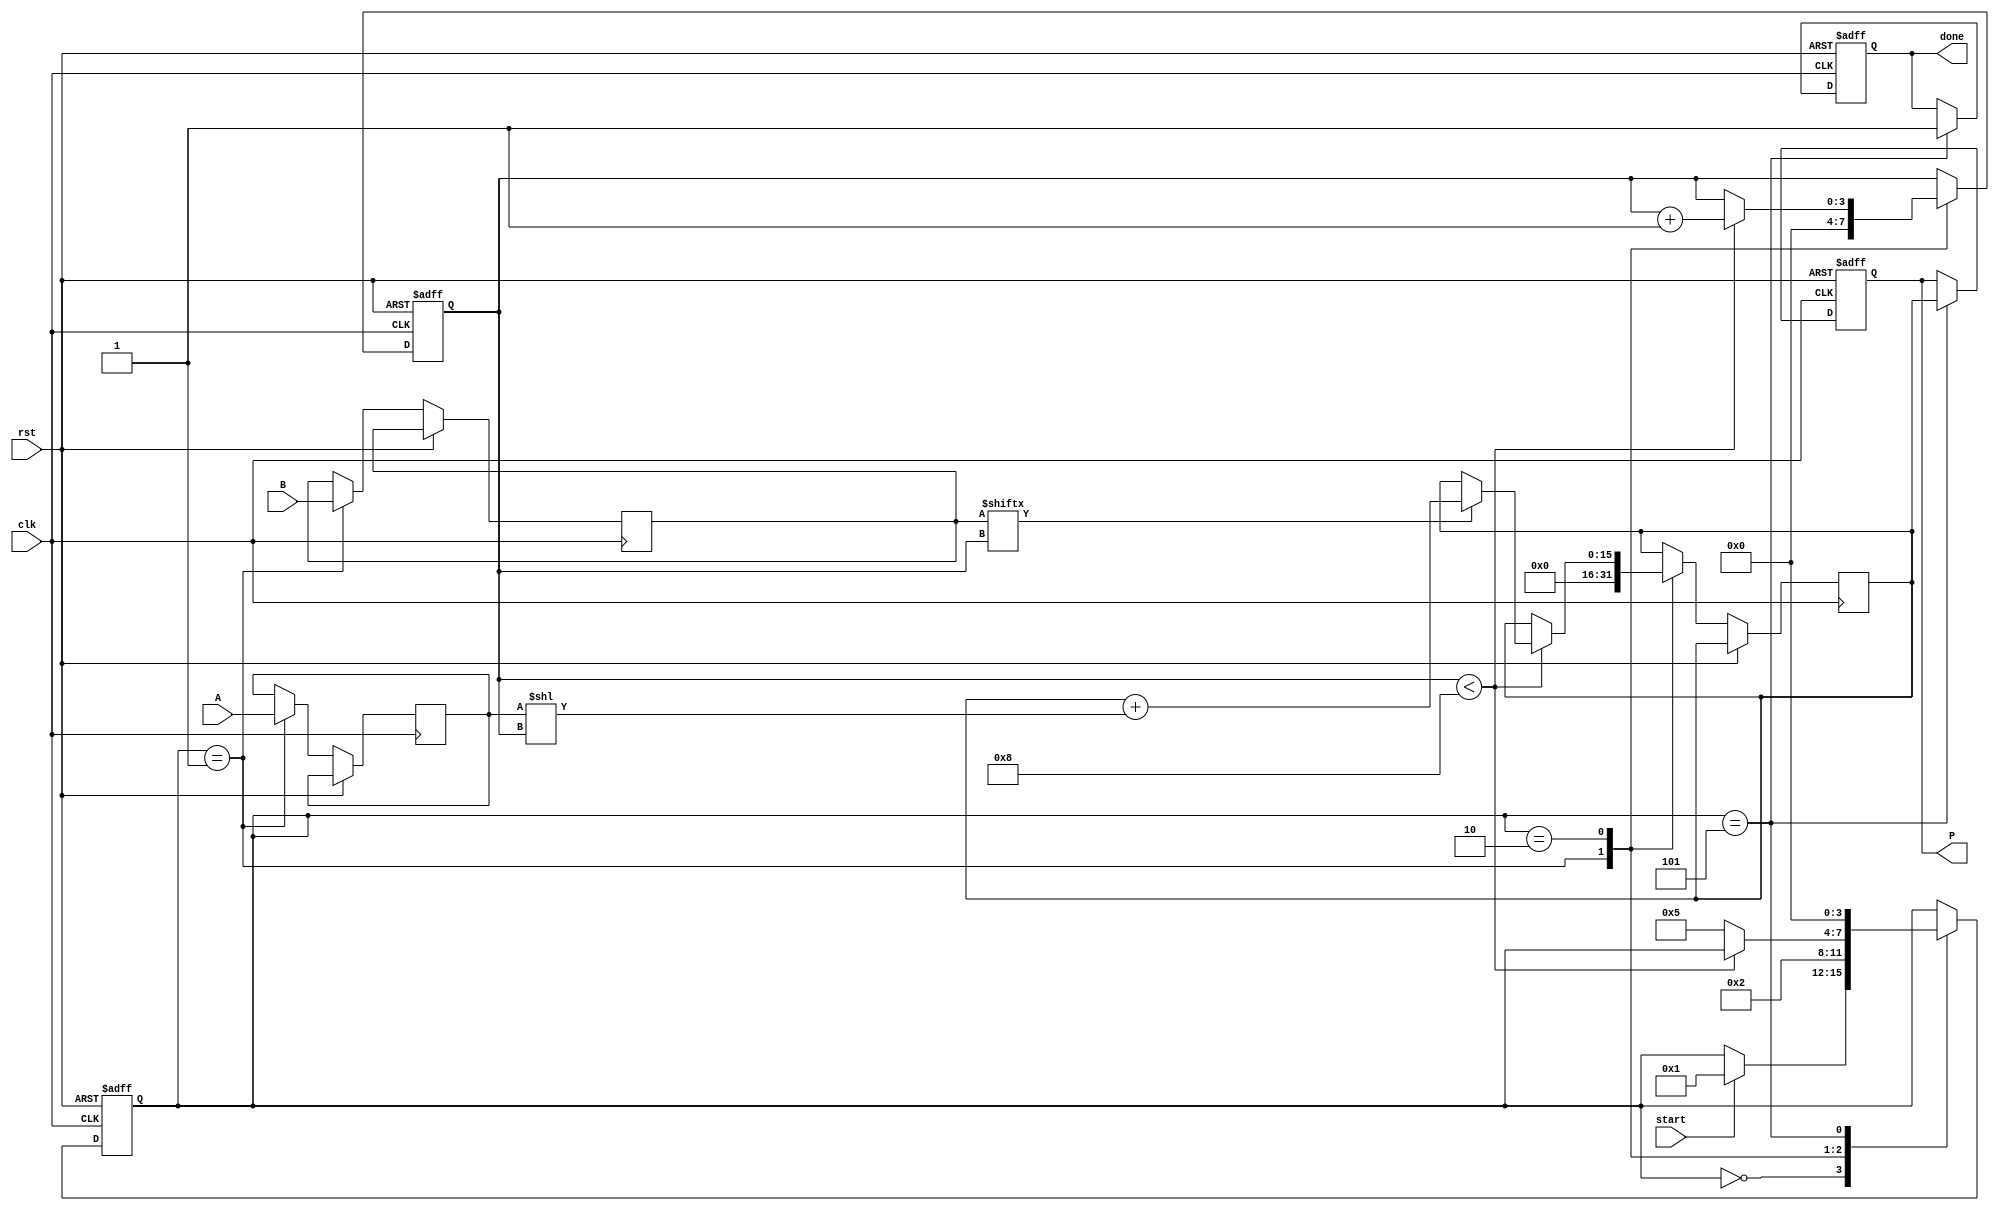
module radix2_multiplier #(parameter N = 8) (
    input wire [N-1:0] A,       // Multiplicand
    input wire [N-1:0] B,       // Multiplier
    input wire start,            // Control signal to start multiplication
    input wire clk,              // Clock signal
    input wire rst,              // Reset signal
    output reg [2*N-1:0] P,      // Product output
    output reg done              // Indicate multiplication is done
);

    // Internal signals
    reg [N-1:0] multiplicand;
    reg [N-1:0] multiplier;
    reg [2*N-1:0] partial_product;
    reg [3:0] state;
    reg [3:0] count;

    // State encoding
    localparam IDLE = 4'b0000,
               LOAD = 4'b0001,
               PROCESS = 4'b0010,
               ADD = 4'b0011,
               SHIFT = 4'b0100,
               DONE = 4'b0101;

    // Sequential logic for state transitions
    always @(posedge clk or posedge rst) begin
        if (rst) begin
            state <= IDLE;
            P <= 0;
            done <= 0;
            count <= 0;
        end else begin
            case (state)
                IDLE: begin
                    if (start) begin
                        state <= LOAD;
                    end
                end
                LOAD: begin
                    multiplicand <= A;
                    multiplier <= B;
                    partial_product <= 0;
                    count <= 0;
                    state <= PROCESS;
                end
                PROCESS: begin
                    if (count < N) begin
                        if (multiplier[count]) begin
                            partial_product <= partial_product + (multiplicand << count);
                        end
                        count <= count + 1;
                    end else begin
                        state <= DONE;
                    end
                end
                DONE: begin
                    P <= partial_product;
                    done <= 1;
                    state <= IDLE;  // Go back to IDLE state
                end
            endcase
        end
    end

endmodule